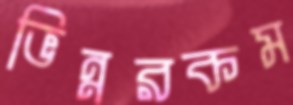
ভিন্নরকম